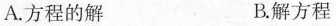
A.方程的解 B.解方程